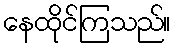
နေထိုင်ကြသည်။